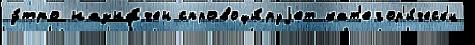
у́тро назна́чен спровоци́руjет кат'егор'и́ческ'и